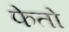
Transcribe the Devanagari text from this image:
फेतो